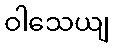
ဝါသေယျ